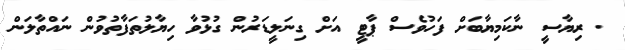
. ރިޔާސީ ނާކަމިޔާބަށް ފަހުވެސް ޕާޓީ އަށް ގިނަލީޑަރުން ގުޅުވާ ހިޔާލުތަފާތުވުން ނައްތާލަން